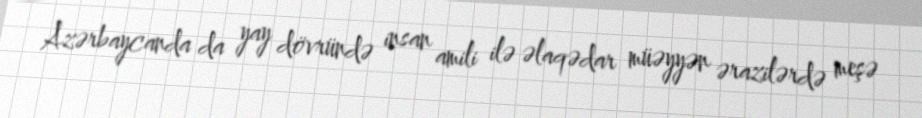
Azərbaycanda da yay dövründə insan amili ilə əlaqədar müəyyən ərazilərdə meşə